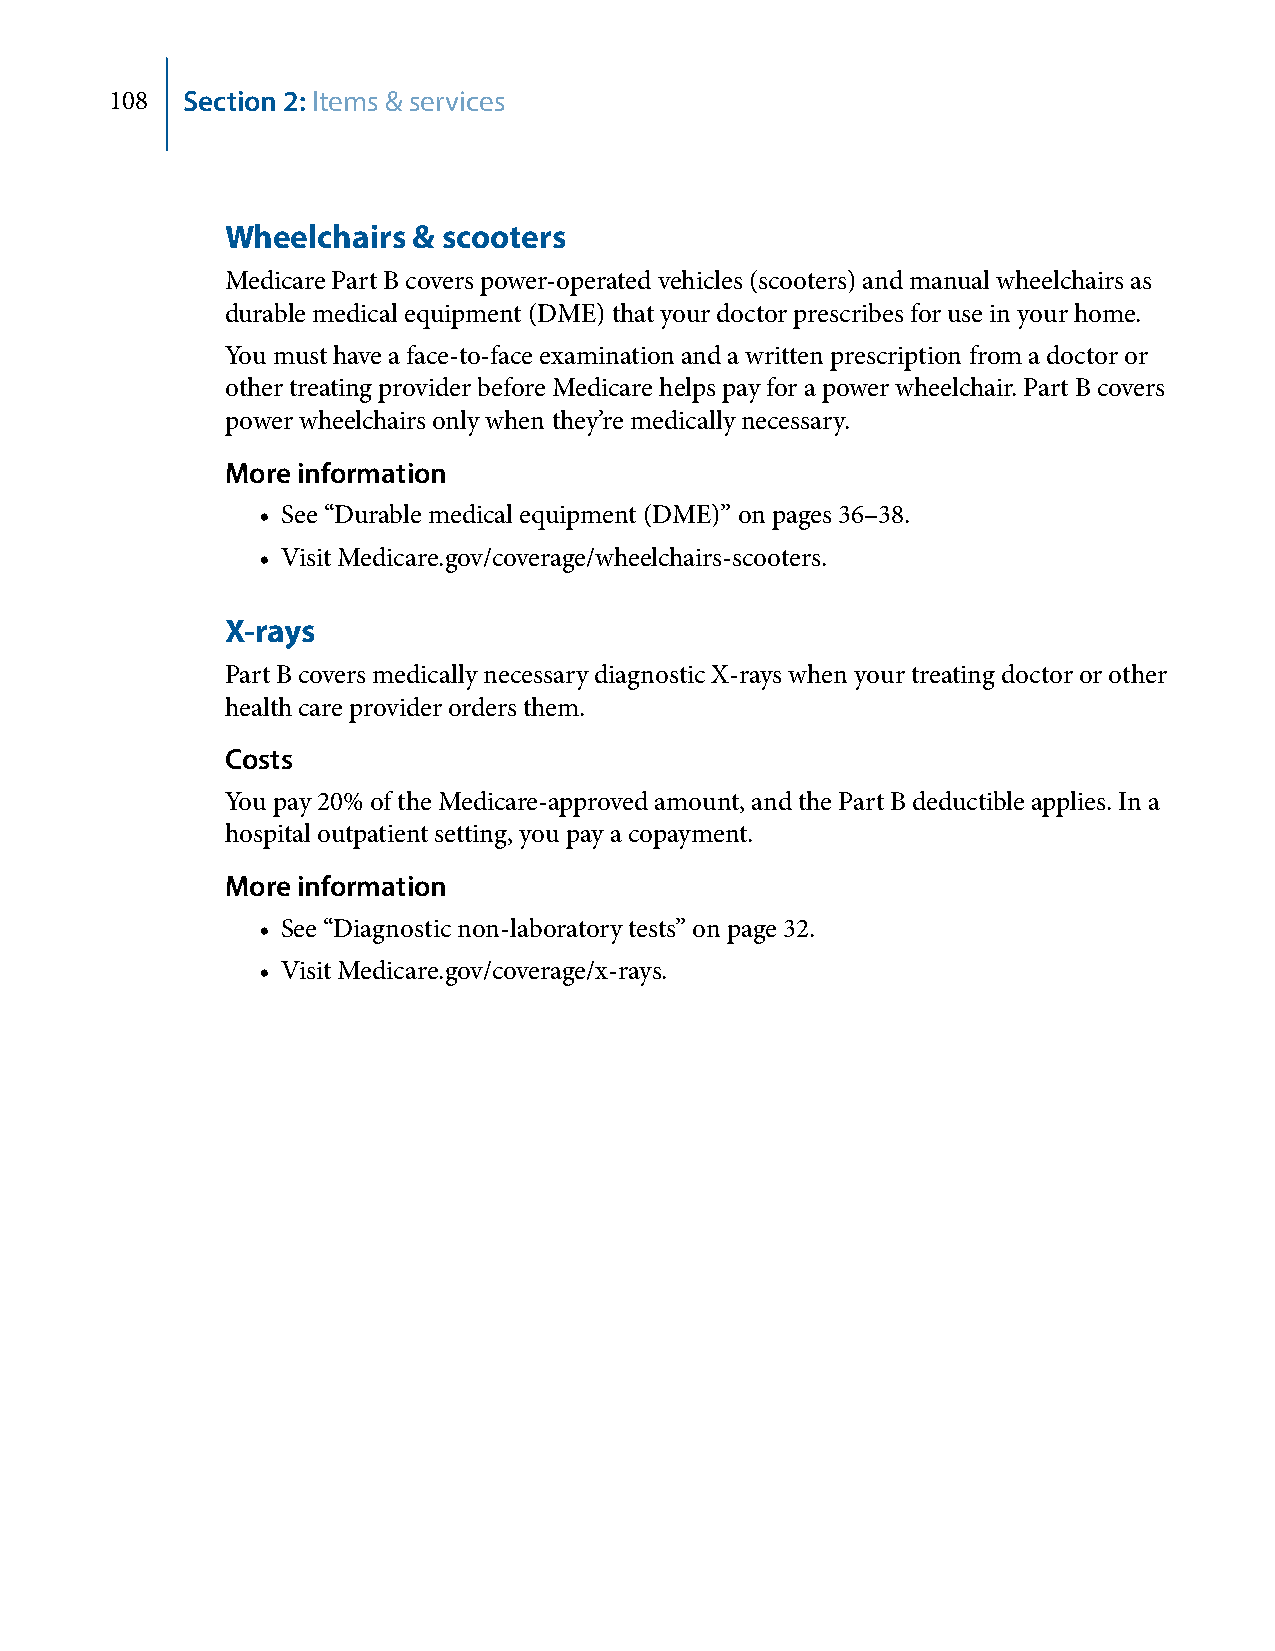
108  Section 2: Items & services
 Wheelchairs & scooters
 Medicare Part B covers power-operated vehicles (scooters) and manual wheelchairs as
 durable medical equipment (DME) that your doctor prescribes for use in your home.
 You must have a face-to-face examination and a written prescription from a doctor or
 other treating provider before Medicare helps pay for a power wheelchair. Part B covers
 power wheelchairs only when they’re medically necessary.
 More information
 • See “Durable medical equipment (DME)” on pages 36–38.
 • Visit Medicare.gov/coverage/wheelchairs-scooters.
 X-rays
 Part B covers medically necessary diagnostic X-rays when your treating doctor or other
 health care provider orders them.
 Costs
 You pay 20% of the Medicare-approved amount, and the Part B deductible applies. In a
 hospital outpatient setting, you pay a copayment.
 More information
 • See “Diagnostic non-laboratory tests” on page 32.
 • Visit Medicare.gov/coverage/x-rays.